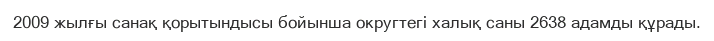
2009 жылғы санақ қорытындысы бойынша округтегі халық саны 2638 адамды құрады.